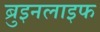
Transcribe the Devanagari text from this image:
ब्रुइनलाइफ